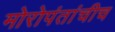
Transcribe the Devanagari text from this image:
मोरोपंतांचीच